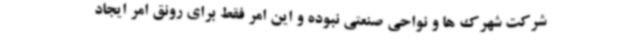
شرکت شهرک ها و نواحی صنعتی نبوده و این امر فقط برای رونق امر ایجاد